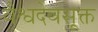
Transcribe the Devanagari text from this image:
वैश्वदेवसूक्त